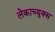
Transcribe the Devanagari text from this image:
लेकाच्युक्स